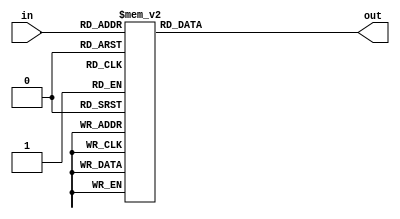
`timescale 1ns / 1ps
//////////////////////////////////////////////////////////////////////////////////
// Mississippi State University 
// ECE 4532-4542 Senior Design
// 
// Module Name:    hammingWindowMemory.v
// Project Name: 	 ITU G.729 Hardware Implementation
// Target Devices: Virtex 5
// Tool versions:  Xilinx 9.2i
// Description: 	 This is a memory block for accessing specific hamming window constants. See the "hamwindow" 
//						array in the "tab_ld8k.c" file for reference
// Dependencies: 	 N/A
//
// Revision: 
// Revision 0.01 - File Created
// Additional Comments: 
//
//////////////////////////////////////////////////////////////////////////////////
module hammingWindowMemory(in, out);

input [7:0] in;
output reg [15:0] out;

always @(*) begin
	out = 0;
	case (in)
		'd0: out = 16'd2621;
		'd1: out = 16'd2623;
		'd2: out = 16'd2629;
		'd3: out = 16'd2638;
		'd4: out = 16'd2651;
		'd5: out = 16'd2668;
		'd6: out = 16'd2689;
		'd7: out = 16'd2713;
		'd8: out = 16'd2741;
		'd9: out = 16'd2772;
		'd10: out = 16'd2808;
		'd11: out = 16'd2847;
		'd12: out = 16'd2890;
		'd13: out = 16'd2936;
		'd14: out = 16'd2986;
		'd15: out = 16'd3040;
		'd16: out = 16'd3097;
		'd17: out = 16'd3158;
		'd18: out = 16'd3223;
		'd19: out = 16'd3291; 
		'd20: out = 16'd3363;
		'd21: out = 16'd3438;
		'd22: out = 16'd3517;
		'd23: out = 16'd3599;
		'd24: out = 16'd3685;
		'd25: out =	16'd3774;
		'd26: out = 16'd3867;
		'd27: out =	16'd3963;
		'd28: out = 16'd4063;
		'd29: out = 16'd4166;
		'd30: out = 16'd4272;
		'd31: out = 16'd4382; 
		'd32: out = 16'd4495;
		'd33: out =	16'd4611;
		'd34: out =	16'd4731;
		'd35: out = 16'd4853;
		'd36: out =	16'd4979;
		'd37: out = 16'd5108;
		'd38: out =	16'd5240;
		'd39: out =	16'd5376;
		'd40: out =	16'd5514;
		'd41: out =	16'd5655;
		'd42: out = 16'd5800;
		'd43: out =	16'd5947;
		'd44: out =	16'd6097;
		'd45: out =	16'd6250;
		'd46: out =	16'd6406;
		'd47: out =	16'd6565;
		'd48: out =	16'd6726;
		'd49: out = 16'd6890;
		'd50: out =	16'd7057;
		'd51: out =	16'd7227;
		'd52: out =	16'd7399;
		'd53: out =	16'd7573;
		'd54: out =	16'd7750;
		'd55: out = 16'd7930;
		'd56: out = 16'd8112;
		'd57: out =	16'd8296;
		'd58: out = 16'd8483;
		'd59: out =	16'd8672;
		'd60: out =	16'd8863;
		'd61: out =	16'd9057;
		'd62: out = 16'd9252;
		'd63: out = 16'd9450;
		'd64: out = 16'd9650;
		'd65: out = 16'd9852;
		'd66: out = 16'd10055;
		'd67: out = 16'd10261;
		'd68: out = 16'd10468;
		'd69: out = 16'd10677;
		'd70: out =	16'd10888;
		'd71: out = 16'd11101; 
		'd72: out = 16'd11315;
		'd73: out = 16'd11531;
		'd74: out = 16'd11748;
		'd75: out = 16'd11967;
		'd76: out = 16'd12187;
		'd77: out =	16'd12409;
		'd78: out = 16'd12632;
		'd79: out = 16'd12856;
		'd80: out = 16'd13082;
		'd81: out = 16'd13308;
		'd82: out = 16'd13536;
		'd83: out = 16'd13764;
		'd84: out = 16'd13994;
		'd85: out = 16'd14225;
		'd86: out = 16'd14456;
		'd87: out = 16'd14688; 
		'd88: out = 16'd14921;
		'd89: out = 16'd15155;
		'd90: out = 16'd15389;
		'd91: out = 16'd15624;
		'd92: out = 16'd15859;
		'd93: out = 16'd16095;
		'd94: out = 16'd16331;
		'd95: out = 16'd16568;
		'd96: out = 16'd16805;
		'd97: out = 16'd17042;
		'd98: out =	16'd17279;
		'd99: out = 16'd17516;
		'd100: out = 16'd17754;
		'd101: out = 16'd17991;
		'd102: out = 16'd18228;
		'd103: out = 16'd18465;
		'd104: out = 16'd18702;
		'd105: out = 16'd18939;
		'd106: out = 16'd19175;
		'd107: out = 16'd19411;
		'd108: out = 16'd19647;
		'd109: out = 16'd19882;
		'd110: out = 16'd20117;
		'd111: out = 16'd20350;
		'd112: out = 16'd20584;
		'd113: out =16'd20816;
		'd114: out = 16'd21048;
		'd115: out = 16'd21279;
		'd116: out = 16'd21509;
		'd117: out = 16'd21738;
		'd118: out = 16'd21967;
		'd119: out = 16'd22194;
		'd120: out = 16'd22420;
		'd121: out = 16'd22644;
		'd122: out = 16'd22868;
		'd123: out = 16'd23090;
		'd124: out = 16'd23311;
		'd125: out = 16'd23531;
		'd126: out = 16'd23749;
		'd127: out = 16'd23965;
		'd128: out = 16'd24181;
		'd129: out = 16'd24394;
		'd130: out = 16'd24606;
		'd131: out = 16'd24816;
		'd132: out = 16'd25024;
		'd133: out = 16'd25231;
		'd134: out = 16'd25435;
		'd135: out = 16'd25638;
		'd136: out = 16'd25839;
		'd137: out = 16'd26037;
		'd138: out = 16'd26234;
		'd139: out = 16'd26428;
		'd140: out = 16'd26621;
		'd141: out = 16'd26811;
		'd142: out = 16'd26999;
		'd143: out = 16'd27184;
		'd144: out = 16'd27368;
		'd145: out = 16'd27548;
		'd146: out = 16'd27727;
		'd147: out = 16'd27903;
		'd148: out = 16'd28076;
		'd149: out = 16'd28247;
		'd150: out = 16'd28415;
		'd151: out = 16'd28581;
		'd152: out = 16'd28743;
		'd153: out = 16'd28903;
		'd154: out = 16'd29061;
		'd155: out = 16'd29215;
		'd156: out = 16'd29367;
		'd157: out = 16'd29515;
		'd158: out = 16'd29661;
		'd159: out = 16'd29804;
		'd160: out = 16'd29944;
		'd161: out = 16'd30081;
		'd162: out = 16'd30214;
		'd163: out = 16'd30345;
		'd164: out = 16'd30472;
		'd165: out = 16'd30597;
		'd166: out = 16'd30718;
		'd167: out = 16'd30836;
		'd168: out = 16'd30950;
		'd169: out = 16'd31062;
		'd170: out = 16'd31170;
		'd171: out = 16'd31274;
		'd172: out = 16'd31376;
		'd173: out = 16'd31474;
		'd174: out = 16'd31568;
		'd175: out = 16'd31659;
		'd176: out = 16'd31747;
		'd177: out = 16'd31831;
		'd178: out = 16'd31911;
		'd179: out = 16'd31988;
		'd180: out = 16'd32062;
		'd181: out = 16'd32132;
		'd182: out = 16'd32198;
		'd183: out = 16'd32261;
		'd184: out = 16'd32320;
		'd185: out = 16'd32376;
		'd186: out = 16'd32428;
		'd187: out = 16'd32476;
		'd188: out = 16'd32521;
		'd189: out = 16'd32561;
		'd190: out = 16'd32599;
		'd191: out = 16'd32632;
		'd192: out = 16'd32662;
		'd193: out = 16'd32688;
		'd194: out = 16'd32711;
		'd195: out = 16'd32729;
		'd196: out = 16'd32744;
		'd197: out = 16'd32755;
		'd198: out = 16'd32763;
		'd199: out = 16'd32767;
		'd200: out = 16'd32767;
		'd201: out = 16'd32741;
		'd202: out = 16'd32665;
		'd203: out = 16'd32537;
		'd204: out = 16'd32359;
		'd205: out = 16'd32129;
		'd206: out = 16'd31850;
		'd207: out = 16'd31521;
		'd208: out = 16'd31143;
		'd209: out = 16'd30716;
		'd210: out = 16'd30242;
		'd211: out = 16'd29720;
		'd212: out = 16'd29151;
		'd213: out = 16'd28538;
		'd214: out = 16'd27879;
		'd215: out = 16'd27177;
		'd216: out = 16'd26433;
		'd217: out = 16'd25647;
		'd218: out = 16'd24821;
		'd219: out = 16'd23957;
		'd220: out = 16'd23055;
		'd221: out = 16'd22117;
		'd222: out = 16'd21145;
		'd223: out = 16'd20139;
		'd224: out = 16'd19102;
		'd225: out = 16'd18036;
		'd226: out = 16'd16941;
		'd227: out = 16'd15820;
		'd228: out = 16'd14674;
		'd229: out = 16'd13505;
		'd230: out = 16'd12315;
		'd231: out = 16'd11106;
		'd232: out = 16'd9879;
		'd233: out = 16'd8637;
		'd234: out = 16'd7381;
		'd235: out = 16'd6114;
		'd236: out = 16'd4838;
		'd237: out = 16'd3554;
		'd238: out = 16'd2264;
		'd239: out = 16'd971;
	endcase
end



endmodule